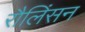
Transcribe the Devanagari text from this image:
रौलिंसन